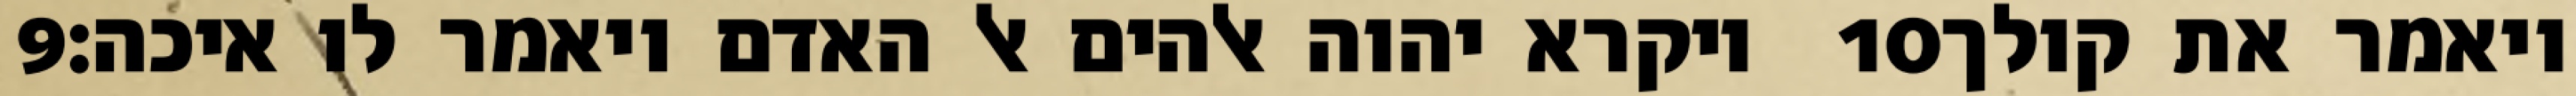
‎9‏ ויקרא יהוה אלהים אל האדם ויאמר לו איכה׃ ‎10‏ ויאמר את קולך